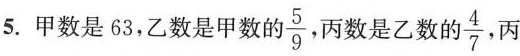
5.甲数是63，乙数是甲数的 \frac{5}{9} 丙数是乙数的 frac{4}{7}，丙